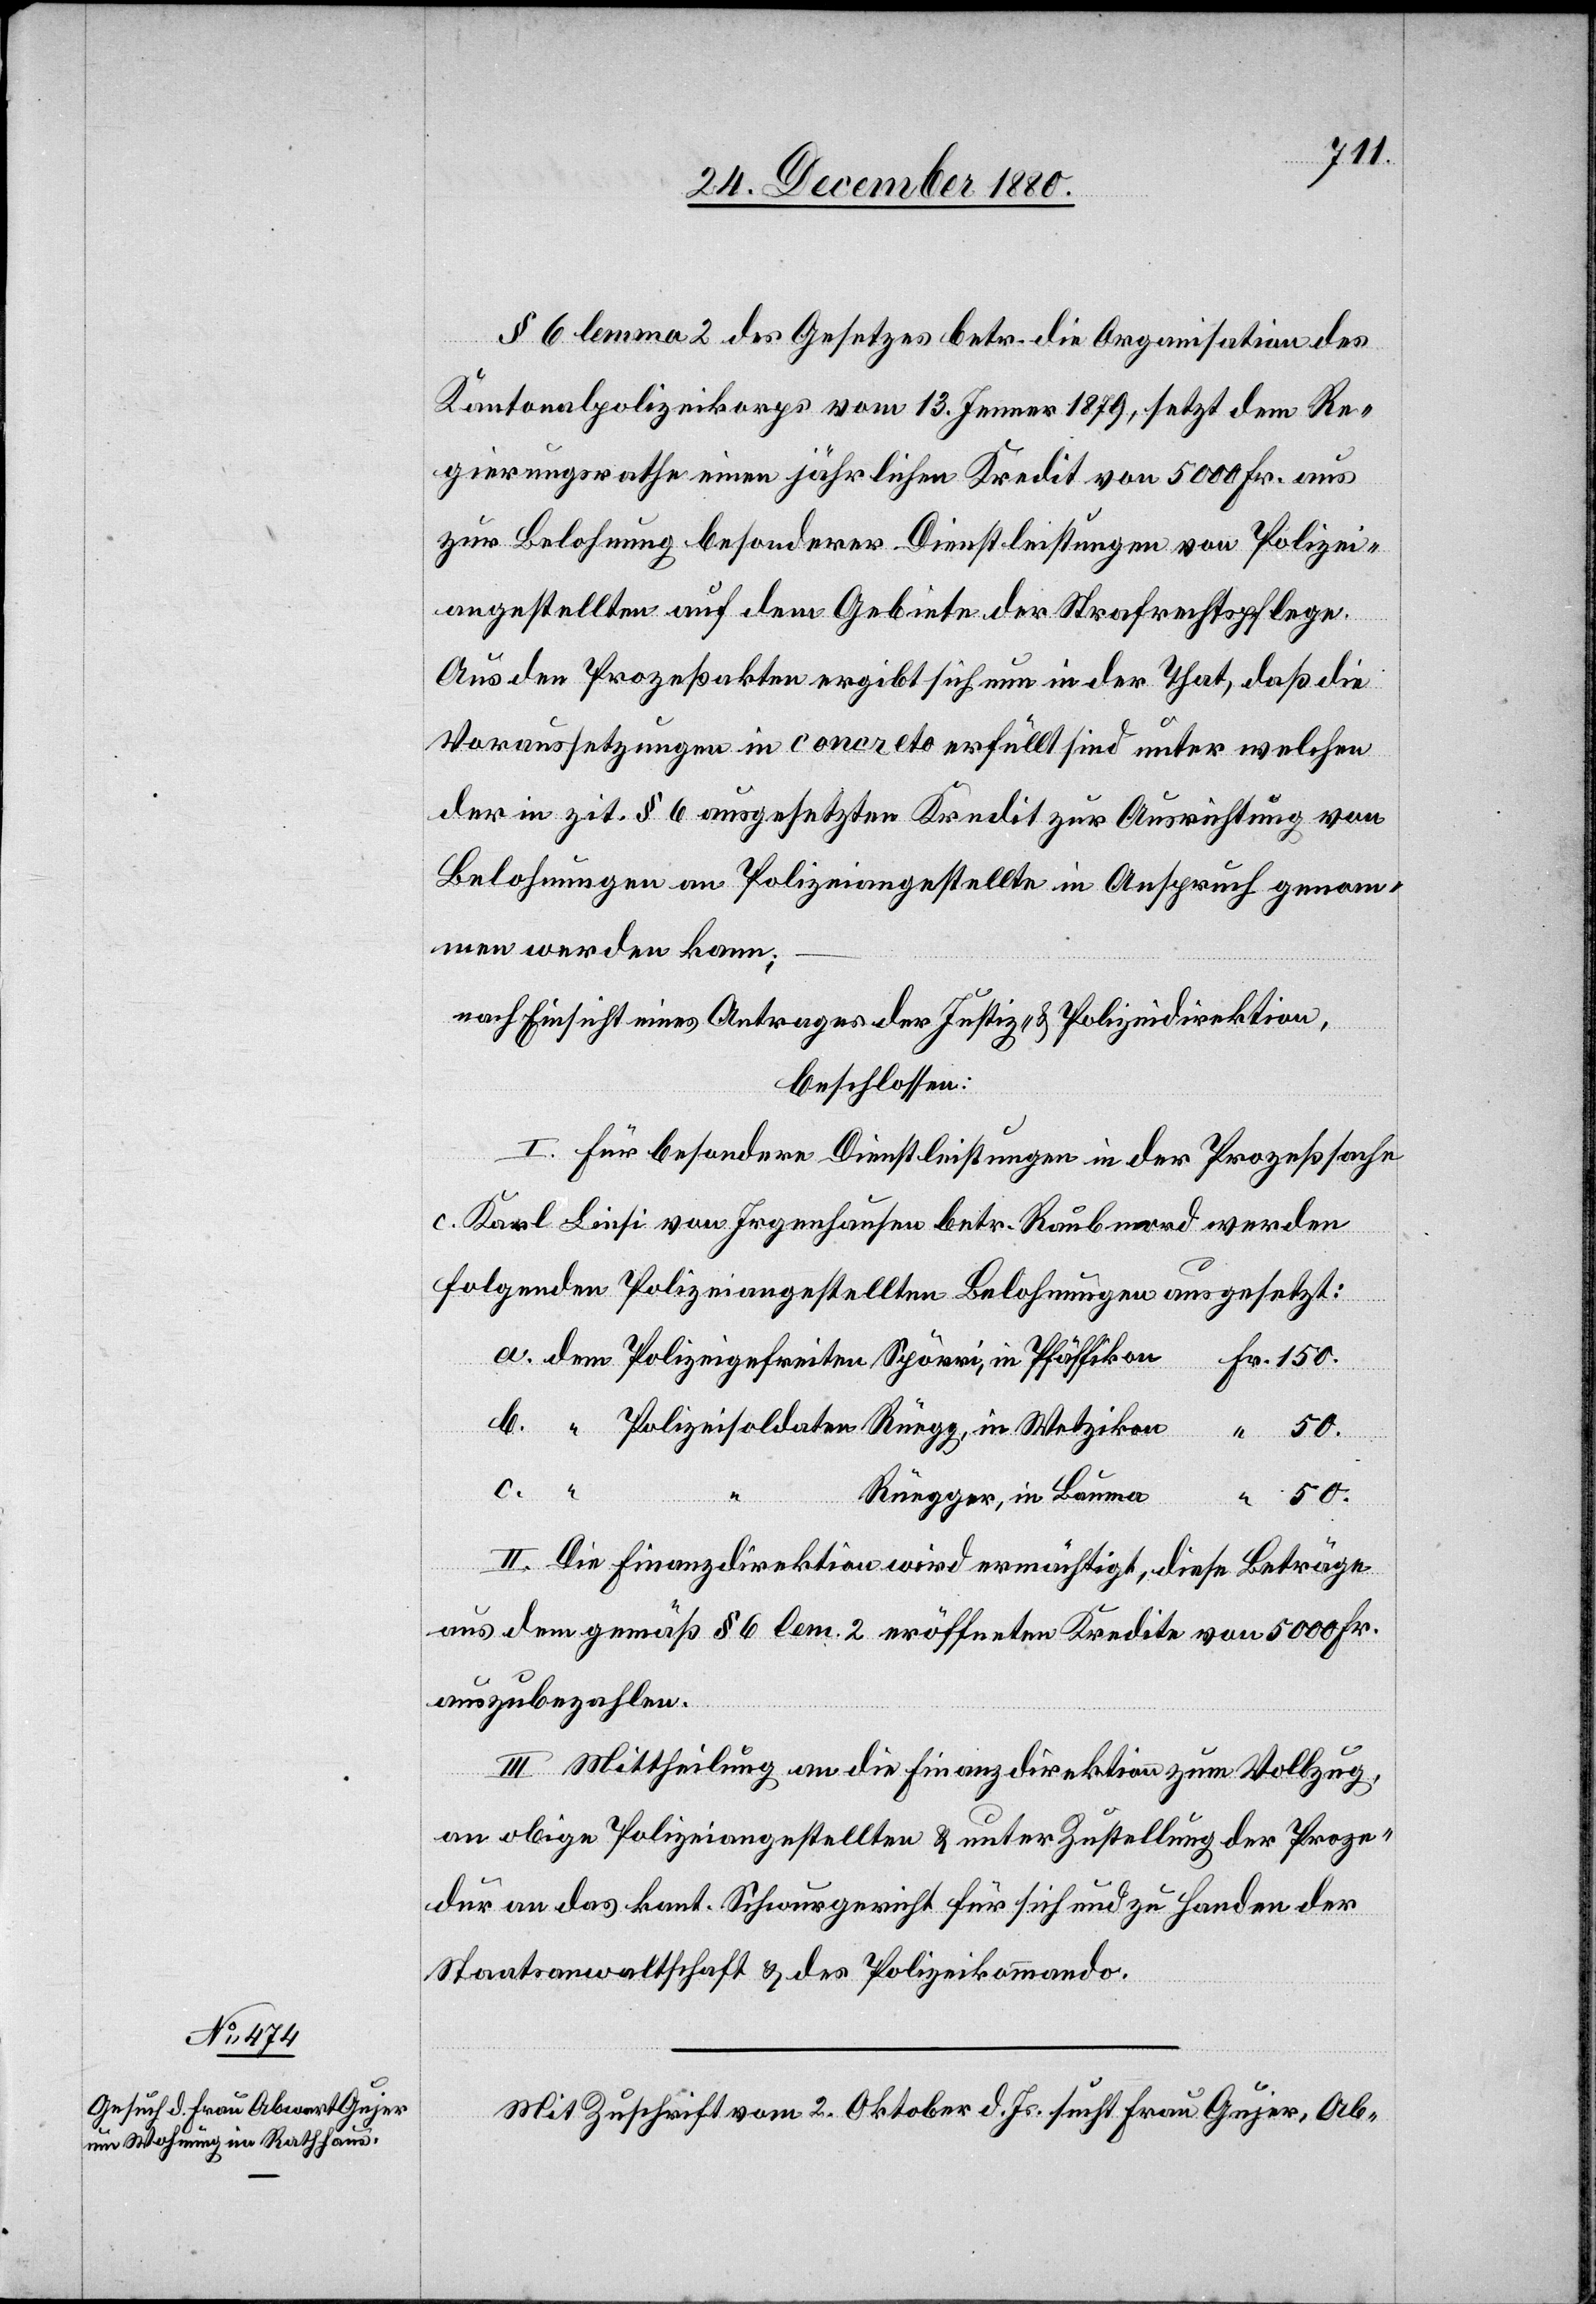
150.
50.
§ 6 lemma 2 des Gesetzes betr. die Organisation des
Kantonspolizeikorps vom 13. Jenner 1879, setzt dem Re¬
gierungsrathe einen jährlichen Kredit von 5000 Fr. aus
zur Belohnung besonderer Dienstleistungen von Polizei¬
angestellten auf dem Gebiete der Strafrechtspflege.
Aus den Prozeßakten ergibt sich nun in der That, daß die
Voraussetzungen in concreto erfüllt sind unter welchen
der in zit. § 6 ausgesetzten Kredit zur Ausrichtung von
Belohnungen an Polizeiangestellte in Anspruch genom¬
men werden kann;
nach Einsicht eines Antrages der Justiz- & Polizeidirektion,
beschlossen:
I. Für besondere Dienstleistungen in der Prozeßsache
c. Karl Linsi von Irgenhausen betr. Raubmord werden
folgenden Polizeiangestellten Belohnungen ausgesetzt:
Rüegger, in Bauma
II. Die Finanzdirektion wird ermächtigt, diese Beträge
aus dem gemäß § 6 lem. 2 eröffneten Kredite von 5000 Fr.
auszubezahlen.
III. Mittheilung an die Finanzdirektion zum Vollzug,
an obige Polizeiangestellten & unter Zustellung der Proze¬
dur an das kant. Schwurgericht für sich und zu Handen der
Staatsanwaltschaft & des Polizeikommando.
Mit Zuschrift vom 2. Oktober d. Js. sucht Frau Gujer, Ab-